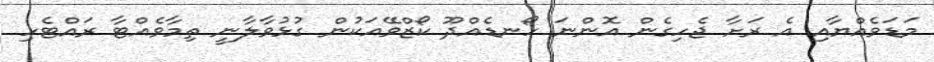
މަޑަވެއްޔާއި އެ ރަށާ ޖެހިގެން އޮންނަ ހޯނޑެއްދޫ ކޯޒްވޭއަކުން ގުޅުވާލާނީ ތިމާވެއްޓާ ރައްޓެހި